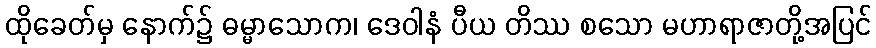
ထိုခေတ်မှ နောက်၌ ဓမ္မာသောက၊ ဒေဝါနံ ပီယ တိဿ စသော မဟာရာဇာတို့အပြင်